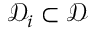
\mathcal { D } _ { i } \subset \mathcal { D }